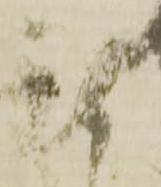
謹